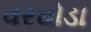
વરઘોડા